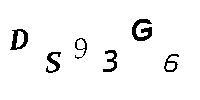
DS93G6